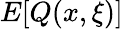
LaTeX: E[Q(x,\xi)]